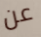
عن